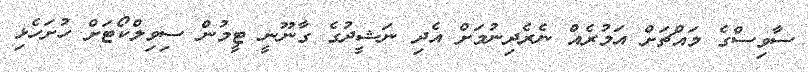
ސާވިސްގެ މައްޗަށް އަމުރެއް ނެރެދިނުމަށް އެދި ނަޝީދުގެ ގާނޫނީ ޓީމުން ސިވިލްކޯޓަށް ހުށަހެޅި